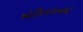
એલિનસનએ